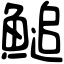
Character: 𩺬